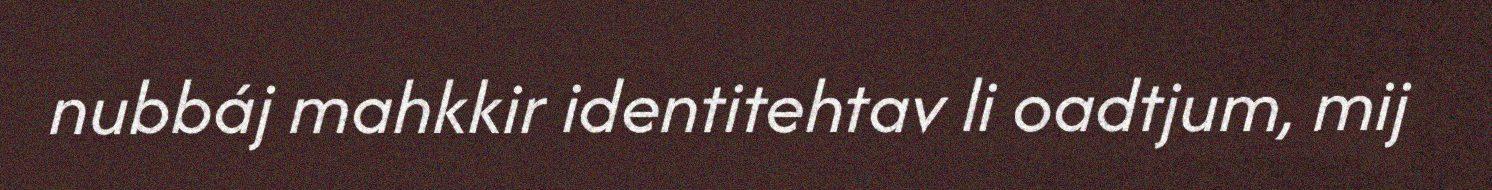
nubbáj mahkkir identitehtav li oadtjum, mij